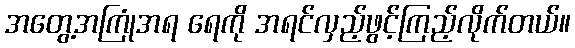
အတွေ့အကြုံအရ ရေကို အရင်လှည့်ဖွင့်ကြည့်လိုက်တယ်။